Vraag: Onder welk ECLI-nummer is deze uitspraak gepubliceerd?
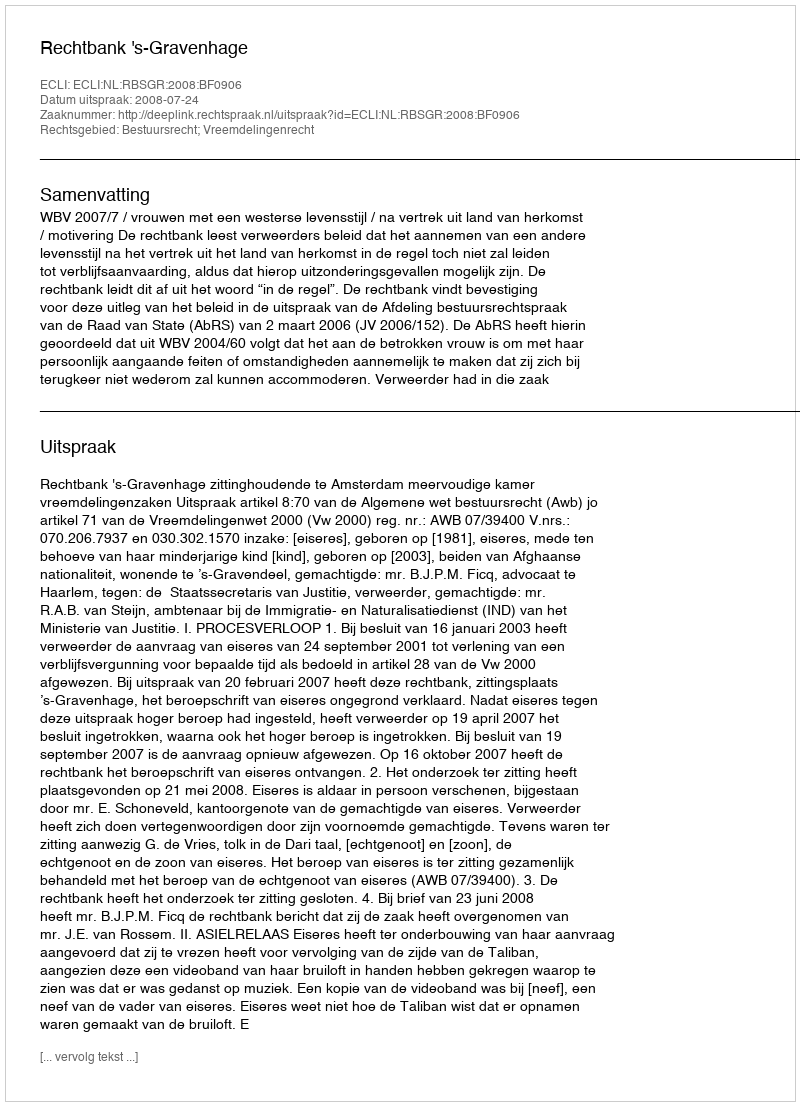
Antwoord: ECLI:NL:RBSGR:2008:BF0906